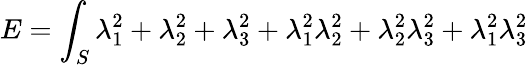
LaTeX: E=\int_{S}\lambda_{1}^{2}+\lambda_{2}^{2}+\lambda_{3}^{2}+\lambda_{1}^{2}\lambda_{2}^{2}+\lambda_{2}^{2}\lambda_{3}^{2}+\lambda_{1}^{2}\lambda_{3}^{2}